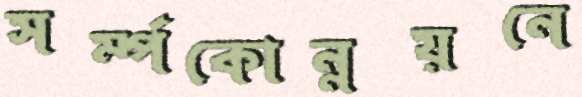
সর্ম্পকোন্নয়নে